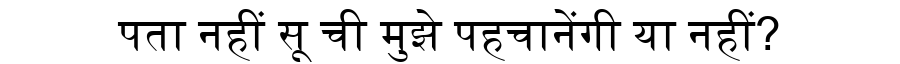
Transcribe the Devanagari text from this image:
पता नहीं सू ची मुझे पहचानेंगी या नहीं?